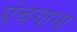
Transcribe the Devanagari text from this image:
पंचगाना